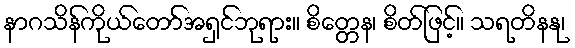
နာဂသိန်ကိုယ်တော်အရှင်ဘုရား။ စိတ္တေန၊ စိတ်ဖြင့်။ သရတိနနု၊